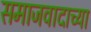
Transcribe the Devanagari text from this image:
समाजवादाच्या